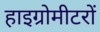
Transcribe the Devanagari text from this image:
हाइग्रोमीटरों